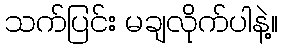
သက်ပြင်း မချလိုက်ပါနဲ့။